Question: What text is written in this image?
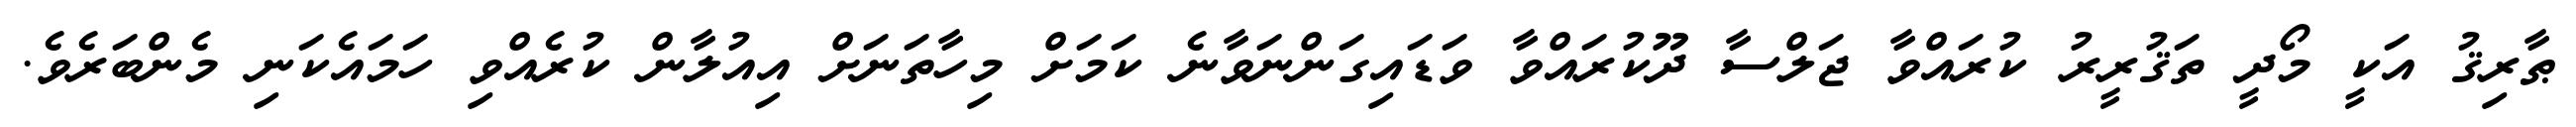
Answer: ޠާރިޤު އަކީ މޯދީ ތަޤުރީރު ކުރައްވާ ޖަލްސާ ދޫކުރައްވާ ވަޑައިގަންނަވާނެ ކަމަށް މިހާތަނަށް އިއުލާން ކުރެއްވި ހަމައެކަނި މެންބަރެވެ.